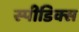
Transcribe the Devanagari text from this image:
स्पीडिक्स